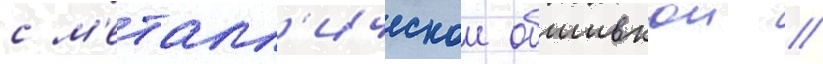
с м'еталл'ическои обшивкои //